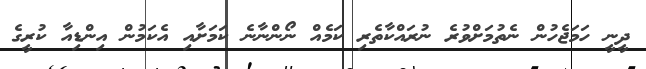
ދީނީ ހަމަޖެހުން ނެތުމަށްވުރެ ނުރައްކާތެރި ކަމެއް ނޯންނާނެ ކަމަށާއި އެކަމުން އިންޑިއާ ކުރީގެ